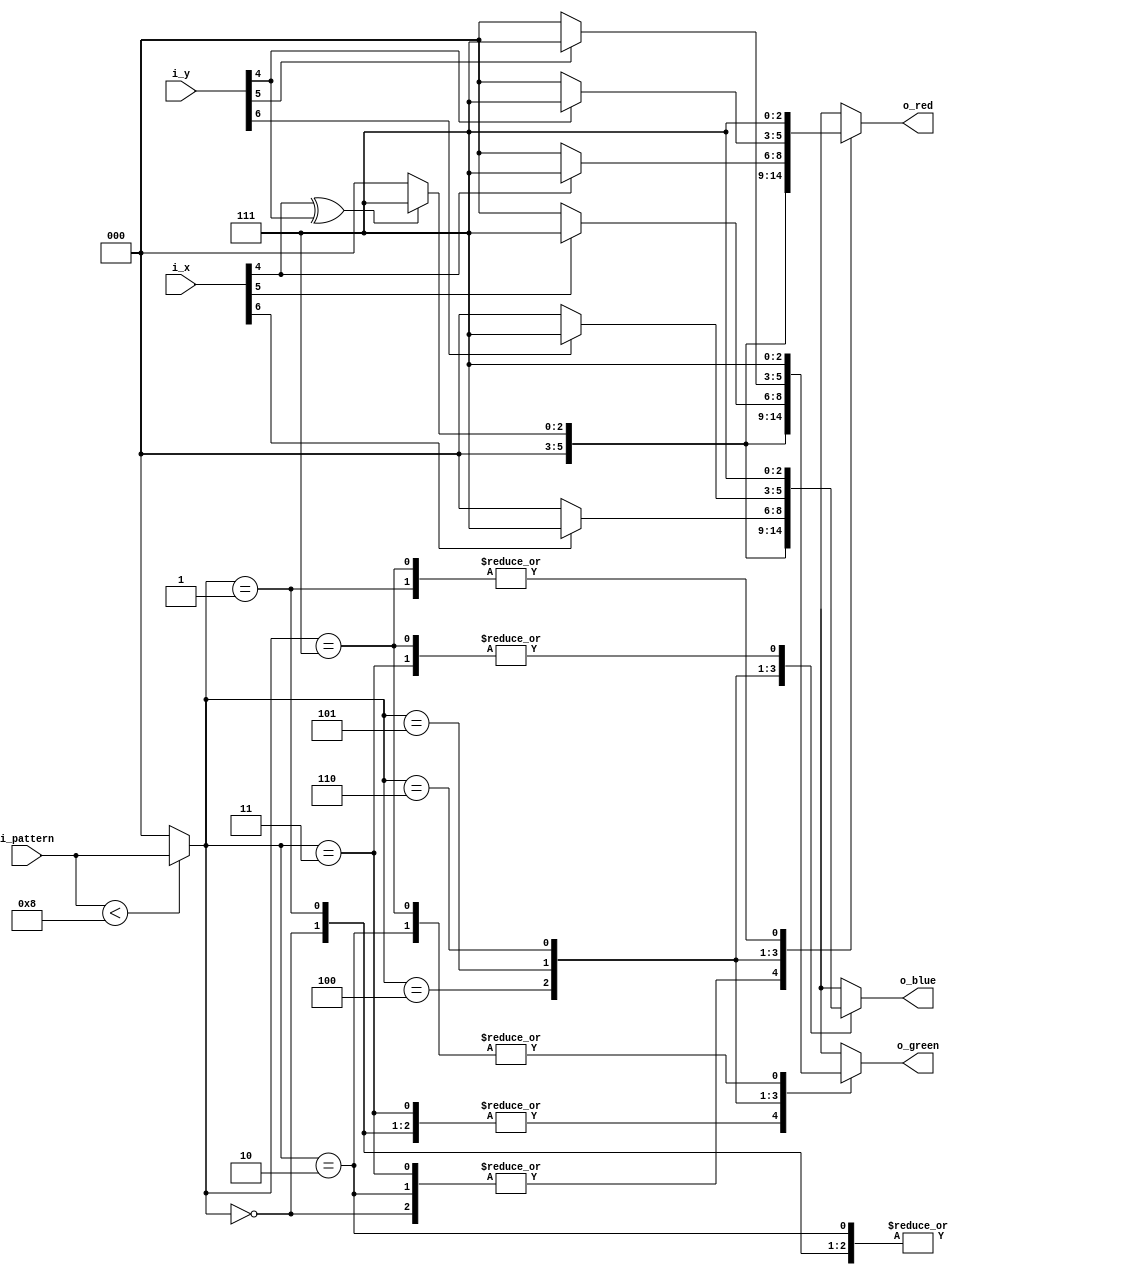
module VGATestPatternGenerator(
  input [2:0] i_pattern,
  input [10:0] i_x,
  input [10:0] i_y,
  output [2:0] o_red,
  output [2:0] o_green,
  output [2:0] o_blue
);
  
  localparam NUM_PATTERNS = 8;

  wire [2:0] pattern_red [NUM_PATTERNS-1:0];
  wire [2:0] pattern_green [NUM_PATTERNS-1:0];
  wire [2:0] pattern_blue [NUM_PATTERNS-1:0];
  
  ////////////////////////////////////////////////////////////////////
  // pattern 0 => BLACK
    
  assign pattern_red[0][2:0] = 0;
  assign pattern_green[0][2:0] = 0;
  assign pattern_blue[0][2:0] = 0;
  
  ////////////////////////////////////////////////////////////////////
  // pattern 1 => RED
  
  assign pattern_red[1][2:0] = 3'b111;
  assign pattern_green[1][2:0] = 0;
  assign pattern_blue[1][2:0] = 0;
  
  ////////////////////////////////////////////////////////////////////
  // pattern 2 => GREEN
  
  assign pattern_red[2][2:0] = 0;
  assign pattern_green[2][2:0] = 3'b111;
  assign pattern_blue[2][2:0] = 0;
  
  ////////////////////////////////////////////////////////////////////
  // pattern 3 => BLUE
  
  assign pattern_red[3][2:0] = 0;
  assign pattern_green[3][2:0] = 0;
  assign pattern_blue[3][2:0] = 3'b111;
  
  ////////////////////////////////////////////////////////////////////
  // pattern 4 => CHECKERBOARD
  
  wire [2:0] pattern_checkerboard;
  assign pattern_checkerboard[2:0] = (i_x[4] ^ i_y[4]) ? 3'b111 : 0;
  assign pattern_red[4][2:0] = pattern_checkerboard;
  assign pattern_green[4][2:0] = pattern_checkerboard;
  assign pattern_blue[4][2:0] = pattern_checkerboard;
  
  ////////////////////////////////////////////////////////////////////
  // pattern 5 => COLUMNS
  
  assign pattern_red[5][2:0] = (i_x[4]) ? 3'b111 : 0;
  assign pattern_green[5][2:0] = (i_x[5]) ? 3'b111 : 0;
  assign pattern_blue[5][2:0] = (i_x[6]) ? 3'b111 : 0;
  
  ////////////////////////////////////////////////////////////////////
  // pattern 6 => ROWS
  
  assign pattern_red[6][2:0] = (i_y[4]) ? 3'b111 : 0;
  assign pattern_green[6][2:0] = (i_y[5]) ? 3'b111 : 0;
  assign pattern_blue[6][2:0] = (i_y[6]) ? 3'b111 : 0;
  
  ////////////////////////////////////////////////////////////////////
  // pattern 7 => WHITE
  
  assign pattern_red[7][2:0] = 3'b111;
  assign pattern_green[7][2:0] = 3'b111;
  assign pattern_blue[7][2:0] = 3'b111;
  
  ////////////////////////////////////////////////////////////////////
  // drive outputs
  
  wire [2:0] w_pattern;
  assign w_pattern = (i_pattern < NUM_PATTERNS) ? i_pattern : 0;
  
  assign o_red[2:0] = pattern_red[w_pattern][2:0];
  assign o_green[2:0] = pattern_green[w_pattern][2:0];
  assign o_blue[2:0] = pattern_blue[w_pattern][2:0];  
  
endmodule